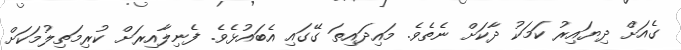
ގެއަށް ދިޔައިރު ކަމަކު ދާކަށް ނެތެވެ. މައިދައިތަ ގޭގައި އެބައުޅެވެ. ފެނިލާއިރަށް ކުރިމަތިލުމަކަށް